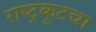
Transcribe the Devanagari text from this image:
राष्ट्रकूटचा